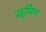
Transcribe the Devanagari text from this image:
ज़ूमिंग